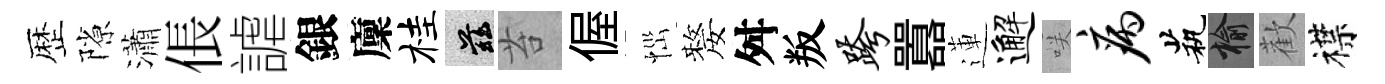
歴隙瀟倀謔銀廩桂兹苔偓𢙉嫠舛叛跨囂蓮邂咲病茕榆歡襟